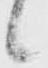
候